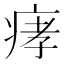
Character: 痚